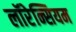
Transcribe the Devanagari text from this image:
लॉरेन्सियम